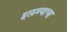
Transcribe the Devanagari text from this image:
हलण्याचा